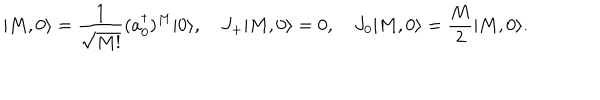
LaTeX: | M , 0 \rangle = { \frac { 1 } { \sqrt { M ! } } } ( a _ { 0 } ^ { \dagger } ) ^ { M } | 0 \rangle , \quad J _ { + } | M , 0 \rangle = 0 , \quad J _ { 0 } | M , 0 \rangle = { \frac { M } { 2 } } | M , 0 \rangle .